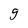
Character: g